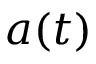
a ( t )